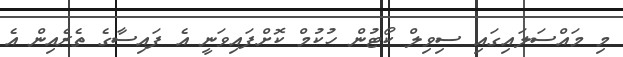
މި މައްސަލައިގައި ސިވިލް ކޯޓުން ހުކުމް ކޮށްފައިވަނީ އެ ފައިސާގެ ތެރެއިން އެ